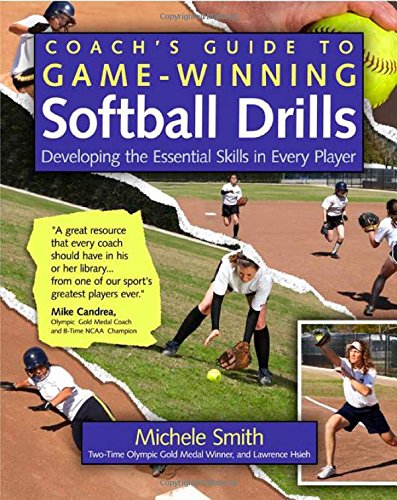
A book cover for Coach's Guide to Game-Winning Softball Drills: Developing the Essential Skills in Every Player; Michele Smith; Sports & Outdoors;